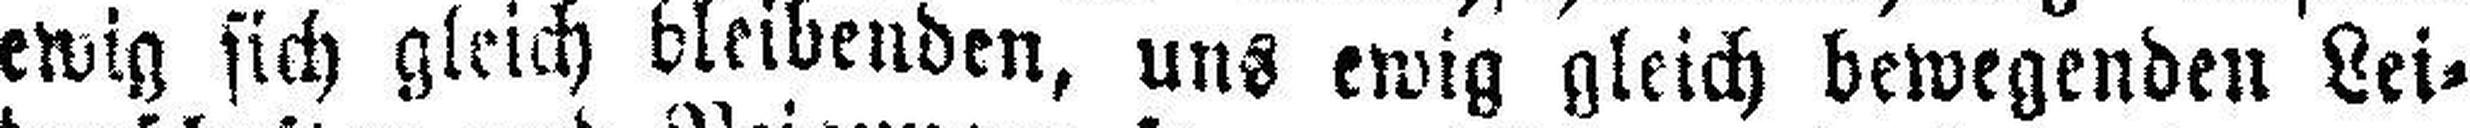
ewig sich gleich bleibenden, uns ewig gleich bewegenden Lei¬